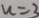
u = 3